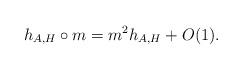
LaTeX: \begin{align*} h_{A,H}\circ m = m^2 h_{A,H}+O(1).\end{align*}